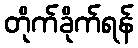
တိုက်ခိုက်ရန်